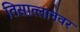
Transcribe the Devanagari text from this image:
तिसात्लानवर